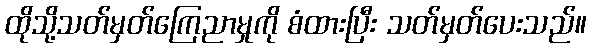
ထိုသို့သတ်မှတ်ကြေညာမှုကို စံထားပြီး သတ်မှတ်ပေးသည်။